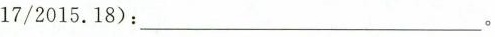
17/2015.18)：____________。